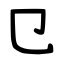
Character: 㔾